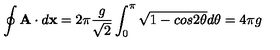
\oint { \bf A } \cdot d { \bf x } = 2 { \pi } \frac { g } { \sqrt 2 } \int _ { 0 } ^ { { \pi } } \sqrt { 1 - c o s 2 { \theta } } d { \theta } = 4 { \pi } g